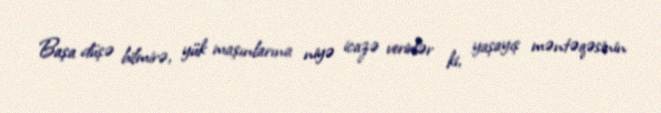
Başa düşə bilmirə, yük maşınlarına niyə icazə verirlər ki, yaşayış məntəqəsinin